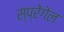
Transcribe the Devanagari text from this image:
स्प्रेंगेल